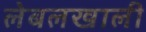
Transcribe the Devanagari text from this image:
लेबलखाली